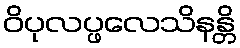
ဝိပုလပ္ဖလေသိနန္တိ